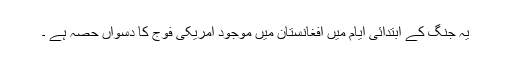
یہ جنگ کے ابتدائی ایام میں افغانستان میں موجود امریکی فوج کا دسواں حصہ ہے ۔